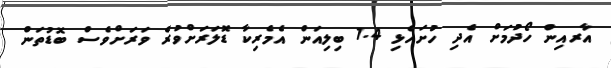
އާރއިން ހޯދުމަށް އެދި ހުށަހެޅި 1.4 ބިލިއަން އެމެރިކާ ޑޮލަރަށްވުރެ ވަރަށްވެސް ބޮޑުތަން